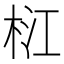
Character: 𣑴